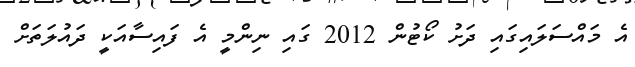
އެ މައްސަލައިގައި ދަށު ކޯޓުން 2012 ގައި ނިންމީ އެ ފައިސާއަކީ ދައުލަތަށް